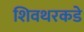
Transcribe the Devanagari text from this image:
शिवथरकडे